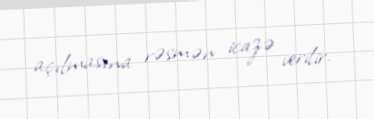
açılmasına rəsmən icazə verilir.